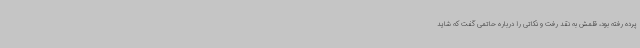
پرده رفته‌ بود، قلمش به نقد رفت و نکاتی را درباره حاتمی گفت که شاید